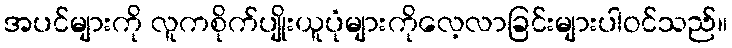
အပင်များကို လူကစိုက်ပျိုးယူပုံများကိုလေ့လာခြင်းများပါဝင်သည်။